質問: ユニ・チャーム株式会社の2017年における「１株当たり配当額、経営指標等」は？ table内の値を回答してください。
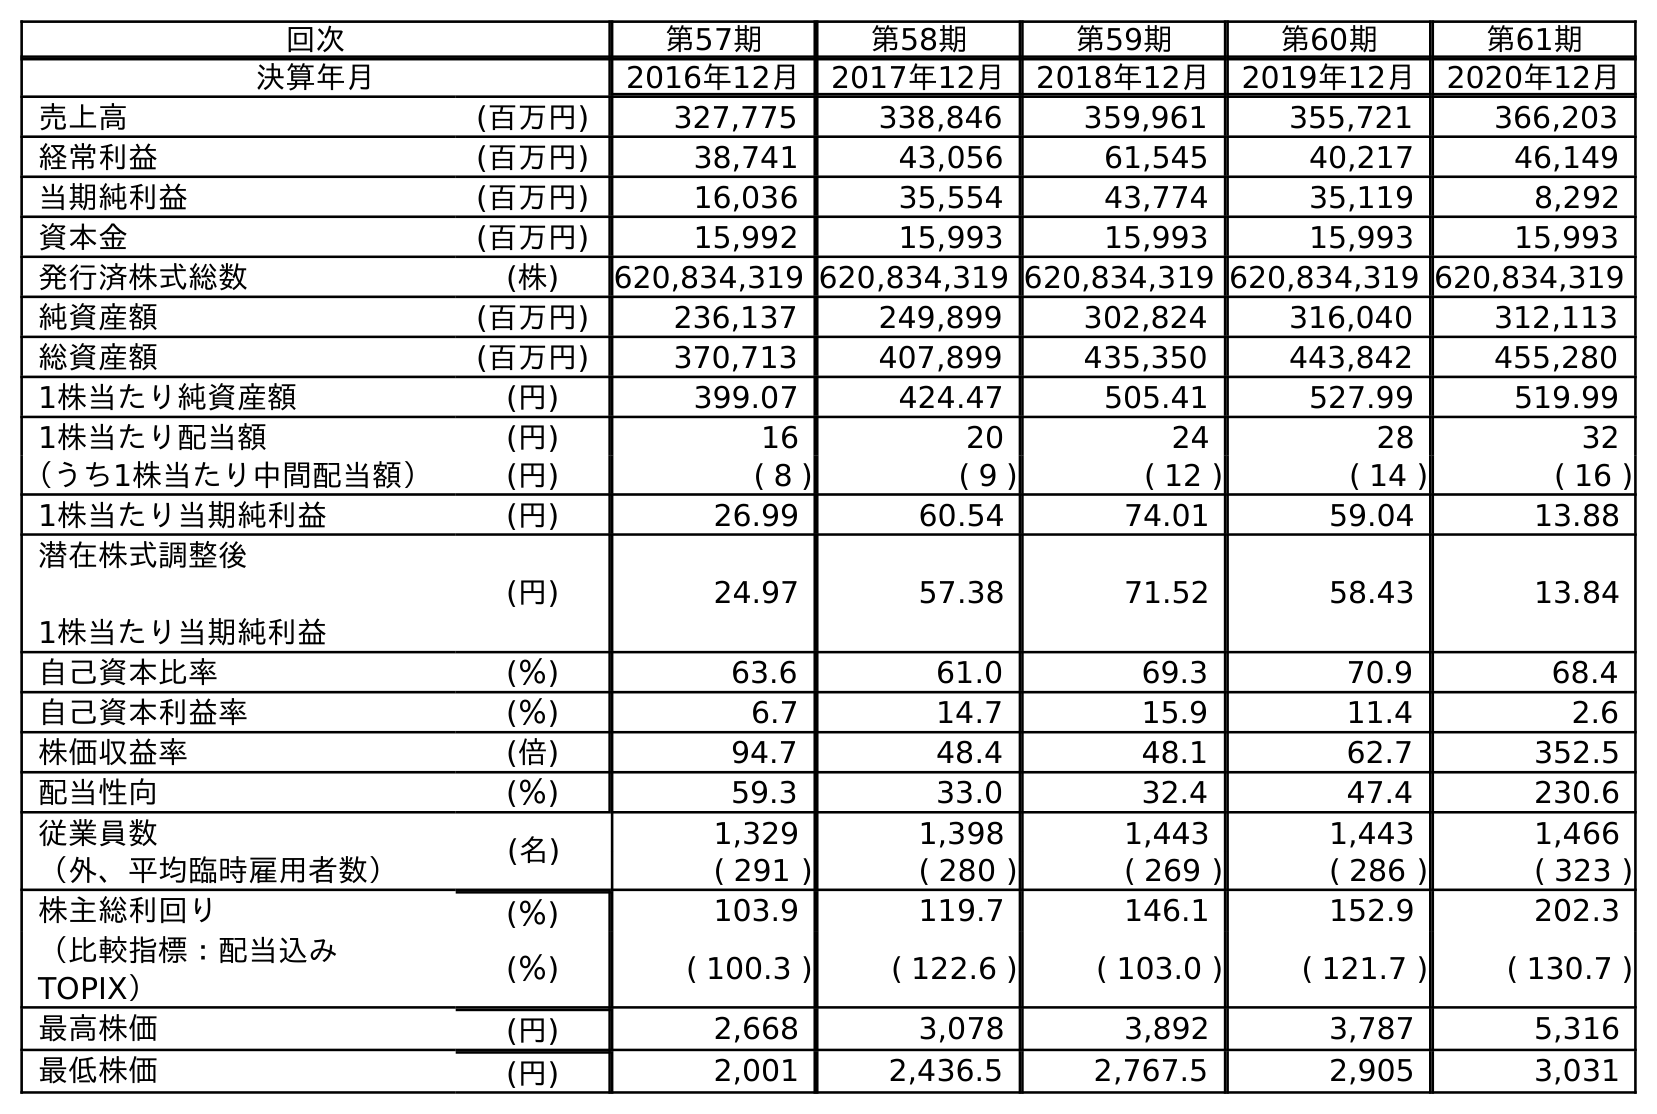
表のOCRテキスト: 回次 第57期 第58期 第59期 第60期 第61期 決算年月 2016年12月 2017年12月 2018年12月 2019年12月 2020年12月 売上高 (百万円) 327,775 338,846 359,961 355,721 366,203 経常利益 (百万円) 38,741 43,056 61,545 40,217 46,149 当期純利益 (百万円) 16,036 35,554 43,774 35,119 8,292 資本金 (百万円) 15,992 15,993 15,993 15,993 15,993 発行済株式総数 (株) 620,834,319 620,834,319 620,834,319 620,834,319 620,834,319 純資産額 (百万円) 236,137 249,899 302,824 316,040 312,113 総資産額 (百万円) 370,713 407,899 435,350 443,842 455,280 1株当たり純資産額 (円) 399.07 424.47 505.41 527.99 519.99 1株当たり配当額 (円) 16 20 24 28 32 （うち1株当たり中間配当額） (円) ( 8 ) ( 9 ) ( 12 ) ( 14 ) ( 16 ) 1株当たり当期純利益 (円) 26.99 60.54 74.01 59.04 13.88 潜在株式調整後 1株当たり当期純利益 (円) 24.97 57.38 71.52 58.43 13.84 自己資本比率 (％) 63.6 61.0 69.3 70.9 68.4 自己資本利益率 (％) 6.7 14.7 15.9 11.4 2.6 株価収益率 (倍) 94.7 48.4 48.1 62.7 352.5 配当性向 (％) 59.3 33.0 32.4 47.4 230.6 従業員数 (名) 1,329 1,398 1,443 1,443 1,466 （外、平均臨時雇用者数） ( 291 ) ( 280 ) ( 269 ) ( 286 ) ( 323 ) 株主総利回り (％) 103.9 119.7 146.1 152.9 202.3 （比較指標：配当込み TOPIX） (％) ( 100.3 ) ( 122.6 ) ( 103.0 ) ( 121.7 ) ( 130.7 ) 最高株価 (円) 2,668 3,078 3,892 3,787 5,316 最低株価 (円) 2,001 2,436.5 2,767.5 2,905 3,031
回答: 20